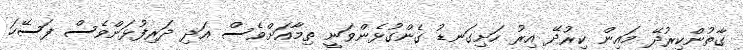
ގާތުންކިރުދޭ މައިން ކިރުދޭ އިރު ހަށިގަނޑު ގެންގުޅެންވަނީ ތިމާއަށްވެސް އަދި ދަރިފުޅަށްވެސް ފަސޭހަ